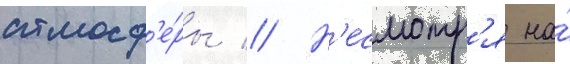
атмосф'е́ры // Н'есмотр'я на́